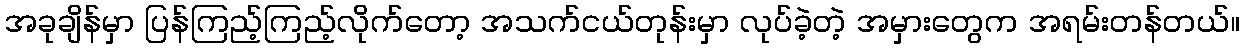
အခုချိန်မှာ ပြန်ကြည့်ကြည့်လိုက်တော့ အသက်ငယ်တုန်းမှာ လုပ်ခဲ့တဲ့ အမှားတွေက အရမ်းတန်တယ်။